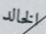
الخالد